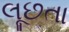
લૂછતા